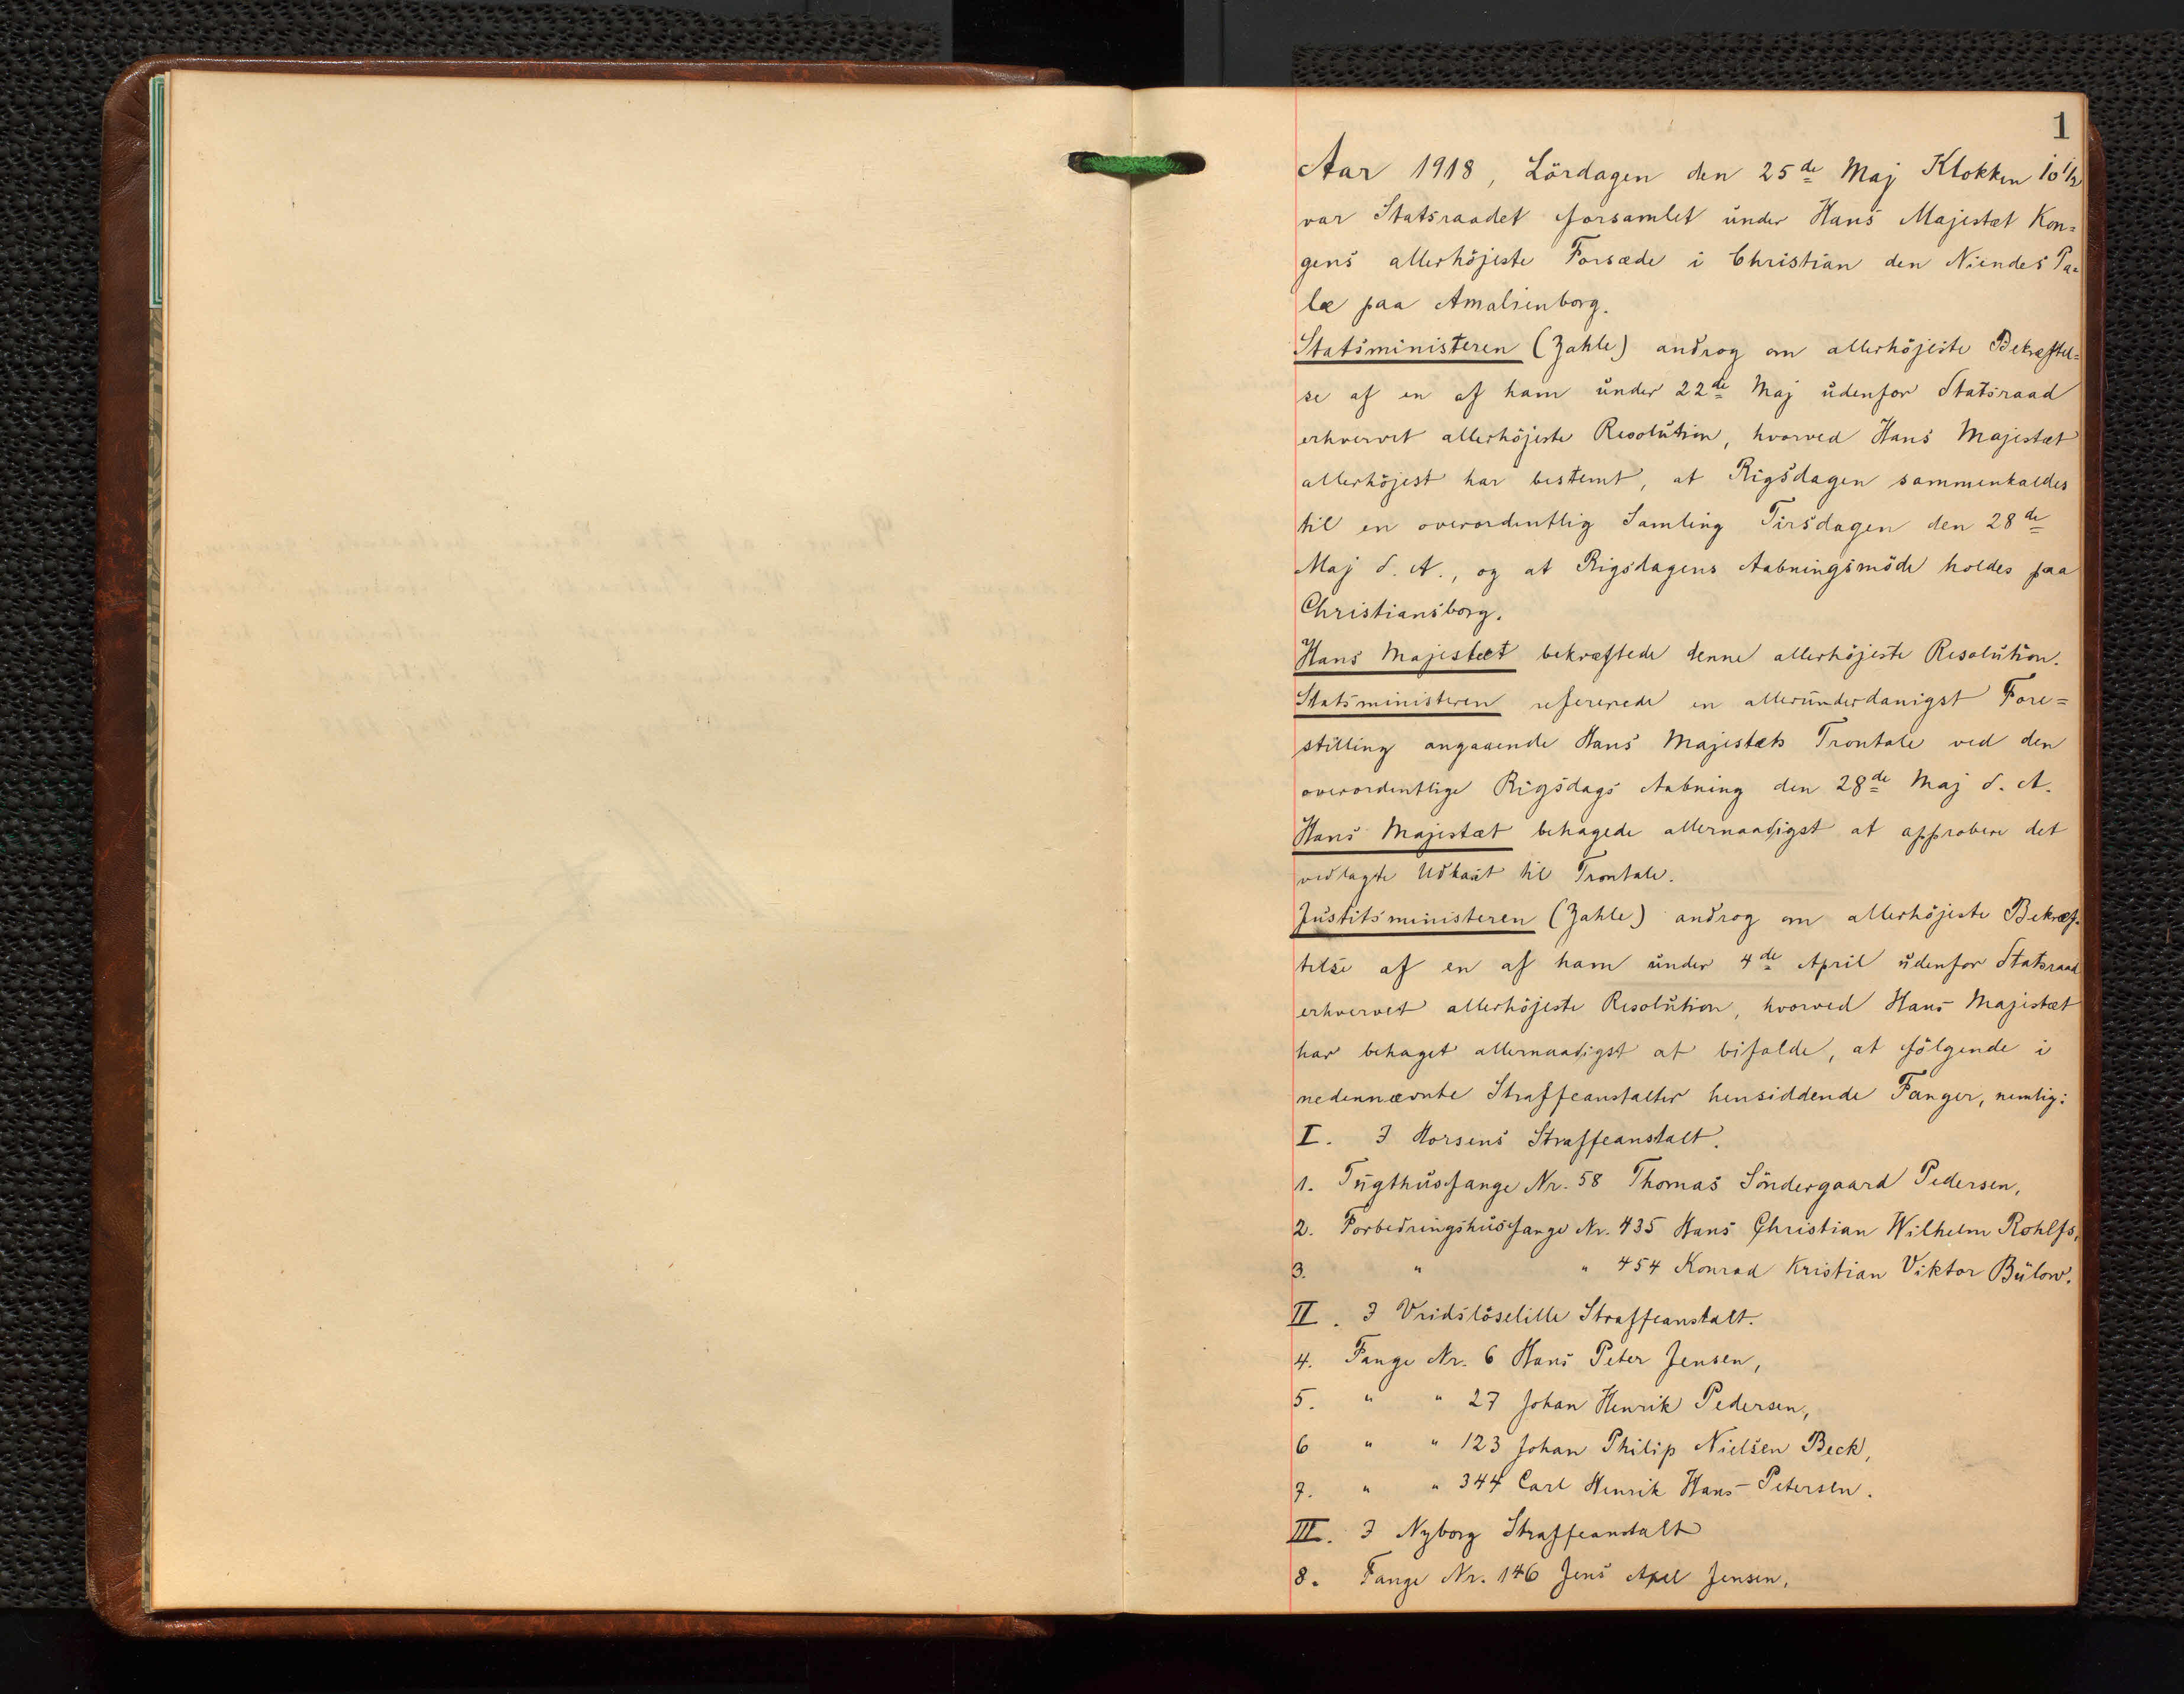
Transkription:
Aar 1918, Lørdagen den 25de Maj Klokken 10 ½
1
var Statsraadet forsamlet under Hans Majestæt Kon=
gens allerhøjeste Forsæde i Christian den Niendes Pa=
læ paa Amalienborg.
Statsministeren (Zahle) androg om allerhøjeste Bekræftel=
se af en af ham under 22de Maj udenfor Statsraad
erhvervet allerhøjeste Resolution, hvorved Hans Majestæt
allerhøjest har bestemt, at Rigsdagen sammenkaldes
til en overordentlig Samling Tirsdagen den 28de
Maj d. A., og at Rigsdagens Aabningsmøde holdes paa
Christiansborg. 
Hans Majæstat bekræftede denne allerhøjeste Resolution.
Statsministeren refererede en allerunderdanigst Fore=
stilling angaaende Hans Majestæts Trontale ved den
overordentlige Rigsdags Aabning den 28de Maj d. A.
Hans Majestæt behagede allernaadigst at approbere det
vedlagte udkast til Trontale.
Justitsministeren (Zahle) androg om allerjøjeste Bekræf=
telse af en af ham under 4de April udenfor Statsraad
erhvervet allerhøjeste Resolution, hvorved Hans Majestæt
har behaget allernaadigst at bifalde, at følgende i
nedennævnte Straffeanstalter hensiddende Fanger, nemlig:
I. I Horsens Straffeanstalt.
1. Tugthusfange Nr. 58 Thomas Søndergaard Pedersen,
2. Forbedringshusfange Nr. 435 Hans Christian Wilhelm Rohlfs,
3. " " 454 Konrad Kristian Viktor Bülow.
II. I Vridsløselille Straffeanstalt.
4. Fange Nr. 6 Hans Peter Jensen,
5. " " 27 Johan Henrik Pedersen,
6 " " 123 Johan Philip Nielsen Beck,
7. " " 344 Carl Henrik Hans Petersen.
III. I Nyborg Straffeanstalt
8. Fange Nr. 146 Jens Axel Jensen,